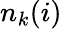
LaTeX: n_{k}(i)